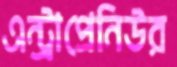
এন্ট্রাপ্রেনিউর